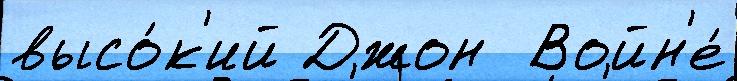
высо́к'ий Джон  Войн'е́